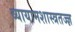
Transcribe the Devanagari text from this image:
व्यायामशास्त्रतज्ज्ञ